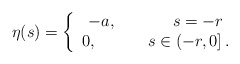
\begin{align*}\eta (s)=\left\{\begin{array}{c}-a,\;\;\;\;\;\;\;\;\;\;\;\;s=-r \\0,\;\;\;\;\;\;\;\;\;\;\;s\in \left( -r,0\right] .\end{array}\right. \end{align*}